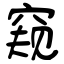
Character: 窥